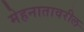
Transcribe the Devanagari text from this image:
मेहनातावरील